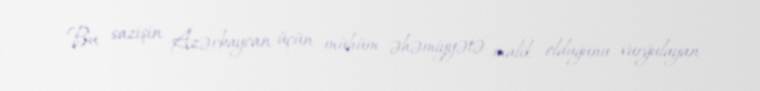
Bu sazişin Azərbaycan üçün mühüm əhəmiyyətə malik olduğunu vurğulayan